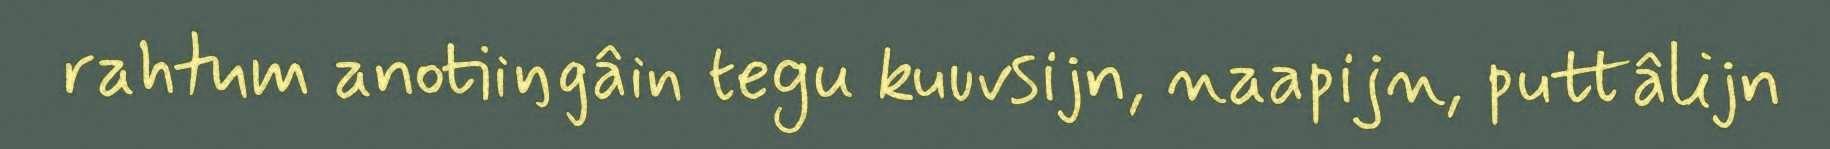
rahtum anotiiŋgâin tegu kuuvsijn, naapijn, puttâlijn